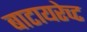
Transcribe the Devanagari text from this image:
बाटायरेच्ट